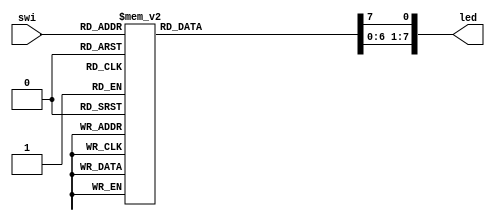
module task0302( swi,led);
	input [2:0]  swi;
	output [7:0] led;
	reg [7:0] led;

 always @(*)begin
		 led=8'd0;
		 case (swi)
			  3'b000: led[0]=1'b1;
			  3'b001: led[1]=1'b1;
			  3'b010: led[2]=1'b1;
			  3'b011: led[3]=1'b1;
			  3'b100: led[4]=1'b1;
			  3'b101: led[5]=1'b1;
			  3'b110: led[6]=1'b1;
			  3'b111: led[7]=1'b1;
			  default: led=8'd0;
		 endcase
	end
endmodule